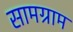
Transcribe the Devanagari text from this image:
सामग्राम